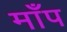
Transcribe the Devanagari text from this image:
माँप